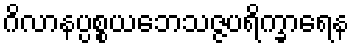
ဂိလာနပ္ပစ္စယဘေသဇ္ဇပရိက္ခာရေန